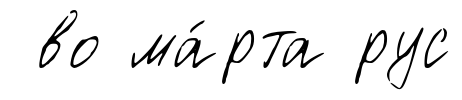
во ма́рта рус